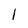
Character: l